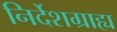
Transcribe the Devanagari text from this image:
निर्देशग्राह्य